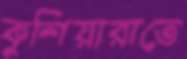
কুশিয়ারাতে